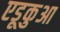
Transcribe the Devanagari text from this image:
एडूकुआ